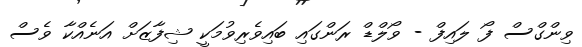
ވިންގްސް ފޯ ލައިފް - ވޯލްޑް ރަންގައި ބައިިވެރިވުމަކީ ޝިފާޒަށް އަނެއްކާ ވެސް